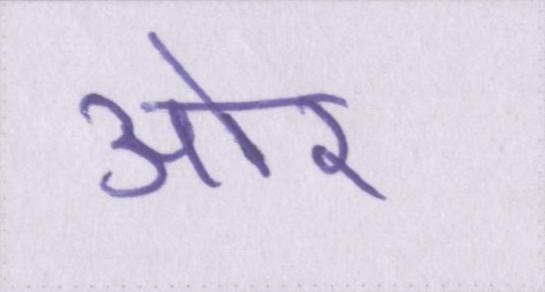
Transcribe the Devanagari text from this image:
आ॓र